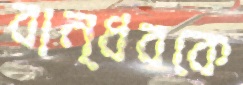
বান্ধবকে